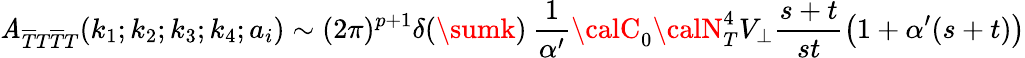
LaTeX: \mathit{A}_{\overline{{{{T}}}}T\overline{{{{T}}}}T}(k_{1};k_{2};k_{3};k_{4};a_{i})\sim(2\pi)^{p+1}\delta(\sumk)\: \frac{{1}}{{\alpha^{\prime}}}{\calC}_{0}{\calN}_{T}^{4}V_{\bot}\frac{{s+t}}{{st}}\left(1+\alpha^{\prime}(s+t)\right)